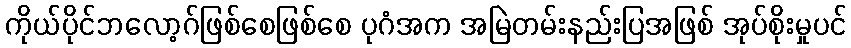
ကိုယ်ပိုင်ဘလော့ဂ်ဖြစ်စေဖြစ်စေ ပုဂံအက အမြဲတမ်းနည်းပြအဖြစ် အုပ်စိုးမှုပင်